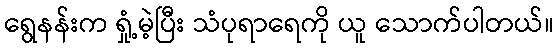
ရွေနန်းက ရှုံ့မဲ့ပြီး သံပုရာရေကို ယူ သောက်ပါတယ်။